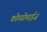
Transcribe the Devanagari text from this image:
कोम्प्रोमाईज़